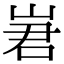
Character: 㟒